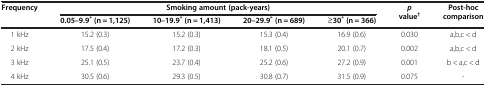
| <ROWSPAN=2> Frequency | <COLSPAN=4> Smoking amount (pack-years) | <ROWSPAN=2> p value† | <ROWSPAN=2> Post-hoc comparison |
 | 0.05–9.9* (n = 1,125) | 10–19.9* (n = 1,413) | 20–29.9* (n = 689) | ≥30* (n = 366) |
 | --- | --- | --- | --- | --- | --- | --- |
 | 1 kHz | 15.2 (0.3) | 15.2 (0.3) | 15.3 (0.4) | 16.9 (0.6) | 0.030 | a,b,c < d |
 | 2 kHz | 17.5 (0.4) | 17.2 (0.3) | 18.1 (0.5) | 20.1 (0.7) | 0.002 | a,b,c < d |
 | 3 kHz | 25.1 (0.5) | 23.7 (0.4) | 25.2 (0.6) | 27.2 (0.9) | 0.001 | b < a,c < d |
 | 4 kHz | 30.5 (0.6) | 29.3 (0.5) | 30.8 (0.7) | 31.5 (0.9) | 0.075 | - |